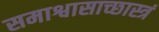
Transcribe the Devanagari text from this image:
समाश्वासाच्छास्त्रं